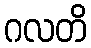
ဂလတိ